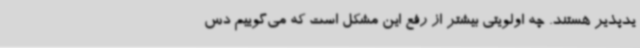
یدپذیر هستند. چه اولویتی بیشتر از رفع این مشکل است که می‌گوییم دس